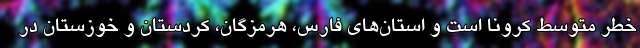
خطر متوسط کرونا است و استان‌های فارس، هرمزگان، کردستان و خوزستان در